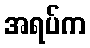
အရပ်က